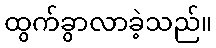
ထွက်ခွာလာခဲ့သည်။